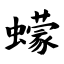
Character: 蠓